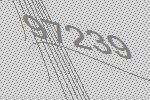
97239